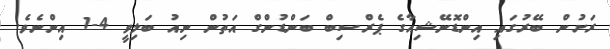
ރަށުން ބޭރުގައި އިންޑޮނޭޝިއާގެ ޕެރްސިބް ބަންޑުންގް އަތުން ނިއު ބަލިވީ 4-1 އިންނެވެ.